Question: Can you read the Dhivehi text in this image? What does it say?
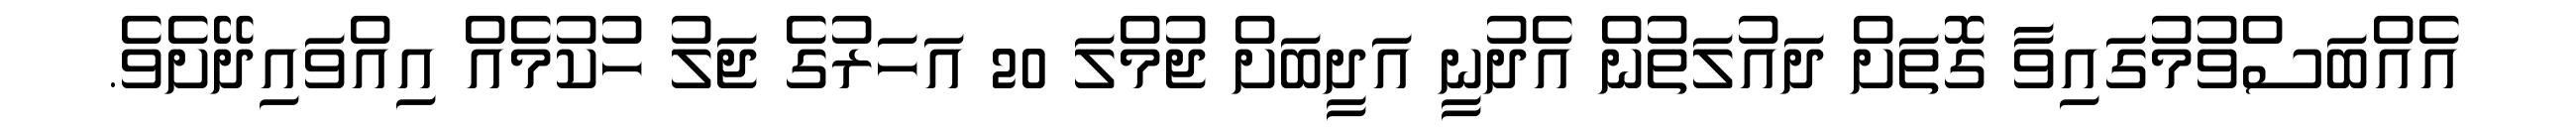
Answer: އެއްބަސްވުމުގައިވާ ގޮތަށް ދައުލަތުން އެދުނީ އަދީބަށް ޖުމްލަ 20 އަހަރުގެ ޖަލު ހުކުމެއް އިއްވައިދޭށެވެ.